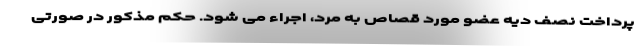
پرداخت نصف دیه عضو مورد قصاص به مرد، اجراء می شود. حکم مذکور در صورتی